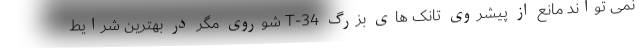
نمی تواند مانع از پیشروی تانک های بزرگ T-34 شوروی مگر در بهترین شرایط